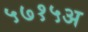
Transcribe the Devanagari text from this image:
५७१५अ